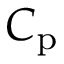
C _ { \mathrm { p } }